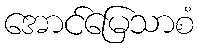
အောင်မြေသာစံ